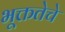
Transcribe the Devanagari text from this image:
भूक्ततेचे